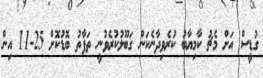
ގުޑީސް އަށް މެޗު ކާމިޔާބު ކުރެވިދާނެކަން ގަބޫލުކުރެވުނީ ތަފާތު ބޮޑުކޮށް 25-11 އިން